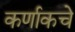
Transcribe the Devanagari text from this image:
कर्णाकचे